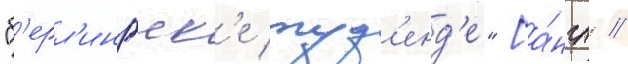
"б'ерл'ингск'е туд'енд'е" [а́нгл. //